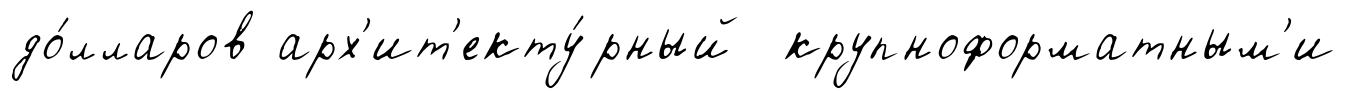
до́лларов арх'ит'екту́рный крупноформатным'и